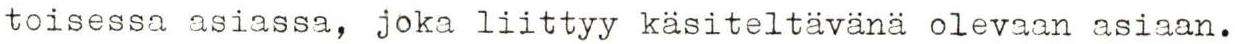
toisessa asiassa, joka liittyy käsiteltävänä olevaan asiaan.